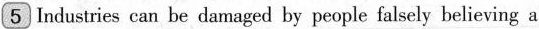
5 Industries can be damaged by people falsely believing a